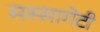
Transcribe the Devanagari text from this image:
मस्सागेटी